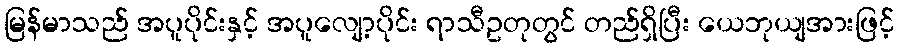
မြန်မာသည် အပူပိုင်းနှင့် အပူလျော့ပိုင်း ရာသီဥတုတွင် တည်ရှိပြီး ယေဘုယျအားဖြင့်